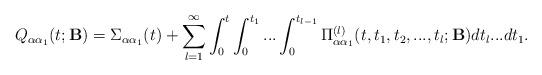
LaTeX: \begin{align*} Q_{\alpha \alpha_1}(t;\mathbf{B}) = \Sigma_{\alpha \alpha_1}(t)+\sum_{l=1}^{\infty}\int_{0}^{t}\int_0^{t_1}...\int_0^{t_{l-1}}\Pi^{(l)}_{\alpha \alpha_1}(t, t_1,t_2, ... , t_l;\mathbf{B})dt_l...dt_1.\end{align*}